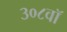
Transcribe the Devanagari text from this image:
३०८वॉ